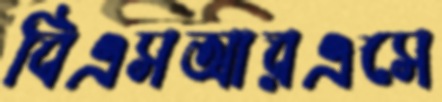
বিএসআরএসে